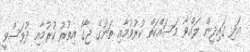
އަދި ގައިދީން ލައްވާ މަސައްކަތް ކުރުވުމާއި ތަނުގެ ޖާގަ އިތުރު ކުރުމާއި ދުވަސްވީ